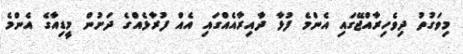
މިވަގުތު ދިވެހިރާއްޖޭގައި އެންމެ ފުޅާ ދާއިރާއެއްގައި އެއް ފުރާޅެއްގެ ދަށުން މީޑިއާގެ އެންމެ